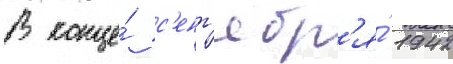
В конце́ с'ент'ябр'я́ 1942